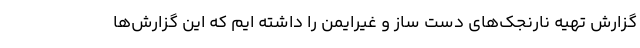
گزارش تهیه نارنجک‌های دست ساز و غیرایمن را داشته ایم که این گزارش‌ها